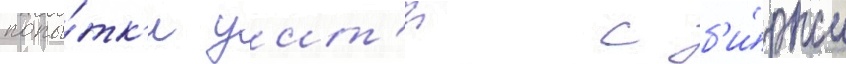
попы́тк'и уит'и с б'и́ржи